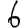
Digit: 6